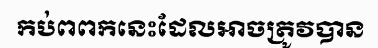
កប់ពពកនេះដែលអាចត្រូវបាន